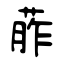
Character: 葄